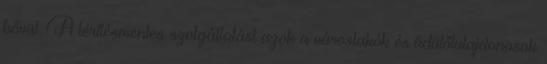
bővül. A térítésmentes szolgáltatást azok a városlakók és üdülőtulajdonosok